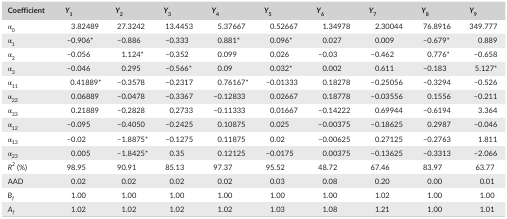
<table><thead><tr><td><b>Coefficient</b></td><td><b><i>Y</i><sub>1</sub></b></td><td><b><i>Y</i><sub>2</sub></b></td><td><b><i>Y</i><sub>3</sub></b></td><td><b><i>Y</i><sub>4</sub></b></td><td><b><i>Y</i><sub>5</sub></b></td><td><b><i>Y</i><sub>6</sub></b></td><td><b><i>Y</i><sub>7</sub></b></td><td><b><i>Y</i><sub>8</sub></b></td><td><b><i>Y</i><sub>9</sub></b></td></tr></thead><tbody><tr><td>α<sub>0</sub></td><td>3.82489</td><td>27.3242</td><td>13.4453</td><td>5.37667</td><td>0.52667</td><td>1.34978</td><td>2.30044</td><td>76.8916</td><td>349.777</td></tr><tr><td>α<sub>1</sub></td><td>–0.906a</td><td>–0.886</td><td>–0.333</td><td>0.881a</td><td>0.096a</td><td>0.027</td><td>0.009</td><td>–0.679a</td><td>0.889</td></tr><tr><td>α<sub>2</sub></td><td>–0.056</td><td>1.124a</td><td>–0.352</td><td>0.099</td><td>0.026</td><td>–0.03</td><td>–0.462</td><td>0.776a</td><td>–0.658</td></tr><tr><td>α<sub>3</sub></td><td>–0.046</td><td>0.295</td><td>–0.566a</td><td>0.09</td><td>0.032a</td><td>0.002</td><td>0.611</td><td>–0.183</td><td>5.127a</td></tr><tr><td>α<sub>11</sub></td><td>0.41889a</td><td>–0.3578</td><td>–0.2317</td><td>0.76167a</td><td>–0.01333</td><td>0.18278</td><td>–0.25056</td><td>–0.3294</td><td>–0.526</td></tr><tr><td>α<sub>22</sub></td><td>0.06889</td><td>–0.0478</td><td>–0.3367</td><td>–0.12833</td><td>0.02667</td><td>0.18778</td><td>–0.03556</td><td>0.1556</td><td>–0.211</td></tr><tr><td>α<sub>33</sub></td><td>0.21889</td><td>–0.2828</td><td>0.2733</td><td>–0.11333</td><td>0.01667</td><td>–0.14222</td><td>0.69944</td><td>–0.6194</td><td>3.364</td></tr><tr><td>α<sub>12</sub></td><td>–0.095</td><td>–0.4050</td><td>–0.2425</td><td>0.10875</td><td>0.025</td><td>–0.00375</td><td>–0.18625</td><td>0.2987</td><td>–0.046</td></tr><tr><td>α<sub>13</sub></td><td>–0.02</td><td>–1.8875a</td><td>–0.1275</td><td>0.11875</td><td>0.02</td><td>–0.00625</td><td>0.27125</td><td>–0.2763</td><td>1.811</td></tr><tr><td>α<sub>23</sub></td><td>0.005</td><td>–1.8425a</td><td>0.35</td><td>0.12125</td><td>–0.0175</td><td>0.00375</td><td>–0.13625</td><td>–0.3313</td><td>–2.066</td></tr><tr><td><i>R</i><sup>2</sup> (%)</td><td>98.95</td><td>90.91</td><td>85.13</td><td>97.37</td><td>95.52</td><td>48.72</td><td>67.46</td><td>83.97</td><td>63.77</td></tr><tr><td>AAD</td><td>0.02</td><td>0.02</td><td>0.02</td><td>0.02</td><td>0.03</td><td>0.08</td><td>0.20</td><td>0.00</td><td>0.01</td></tr><tr><td><i>B</i><sub><i>f</i></sub></td><td>1.00</td><td>1.00</td><td>1.00</td><td>1.00</td><td>1.00</td><td>1.00</td><td>1.02</td><td>1.00</td><td>1.00</td></tr><tr><td><i>A</i><sub><i>f</i></sub></td><td>1.02</td><td>1.02</td><td>1.02</td><td>1.02</td><td>1.03</td><td>1.08</td><td>1.21</td><td>1.00</td><td>1.01</td></tr></tbody></table>